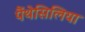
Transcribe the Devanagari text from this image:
पैंथेसिलिया